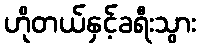
ဟိုတယ်နှင့်ခရီးသွား